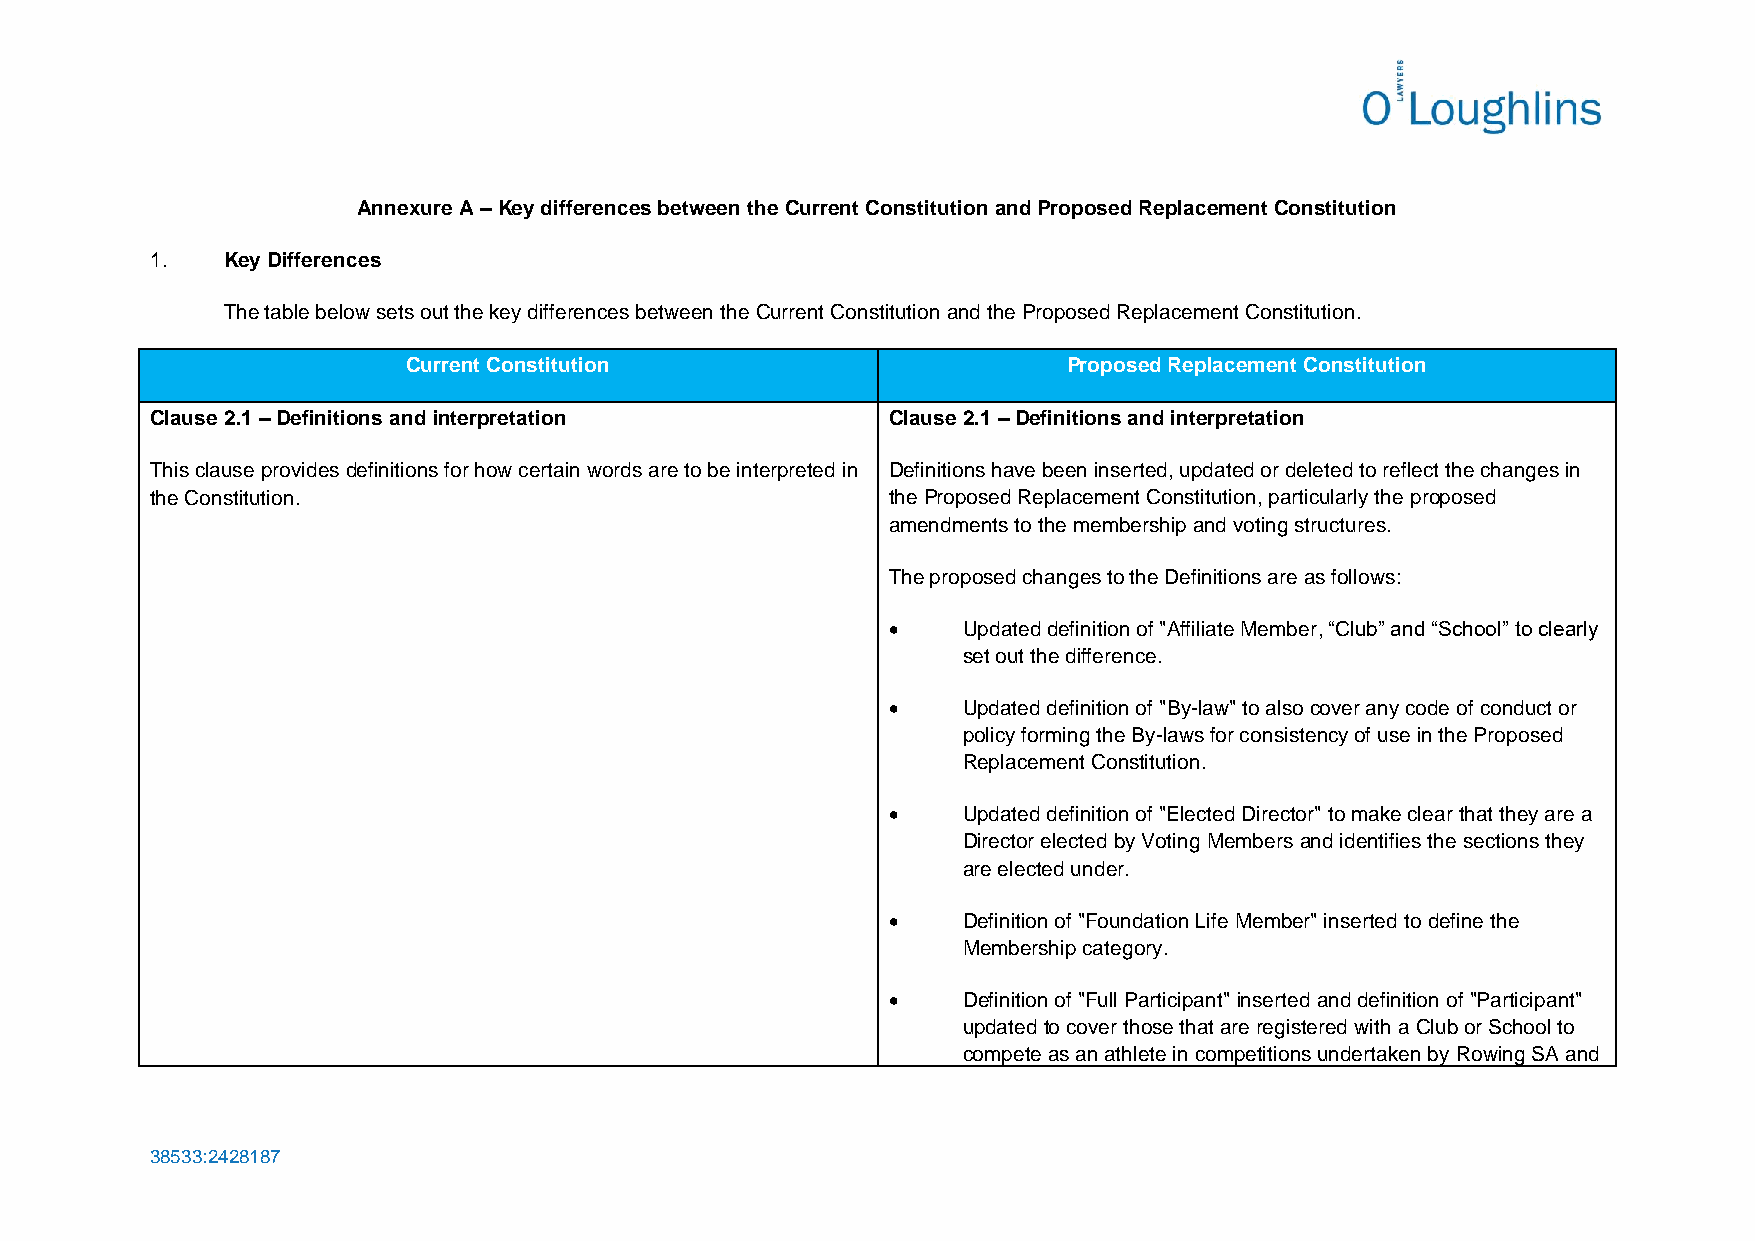
Annexure A – Key differences between the Current Constitution and Proposed Replacement Constitution
 1.   Key Differences
 The table below sets out the key differences between the Current Constitution and the Proposed Replacement Constitution.
 Current Constitution                        Proposed Replacement Constitution
 Clause 2.1 – Definitions and interpretation      Clause 2.1 – Definitions and interpretation
 This clause provides definitions for how certain words are to be interpreted in Definitions have been inserted, updated or deleted to reflect the changes in
 the Constitution.                                the Proposed Replacement Constitution, particularly the proposed
 amendments to the membership and voting structures.
 The proposed changes to the Definitions are as follows:
 •    Updated definition of "Affiliate Member, “Club” and “School” to clearly
 set out the difference.
 •    Updated definition of "By-law" to also cover any code of conduct or
 policy forming the By-laws for consistency of use in the Proposed
 Replacement Constitution.
 •    Updated definition of "Elected Director" to make clear that they are a
 Director elected by Voting Members and identifies the sections they
 are elected under.
 •    Definition of "Foundation Life Member" inserted to define the
 Membership category.
 •    Definition of "Full Participant" inserted and definition of "Participant"
 updated to cover those that are registered with a Club or School to
 compete as an athlete in competitions undertaken by Rowing SA and
 38533:2428187